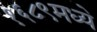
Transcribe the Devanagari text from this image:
१६८९मध्ये